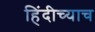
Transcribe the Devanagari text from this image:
हिंदीच्याच